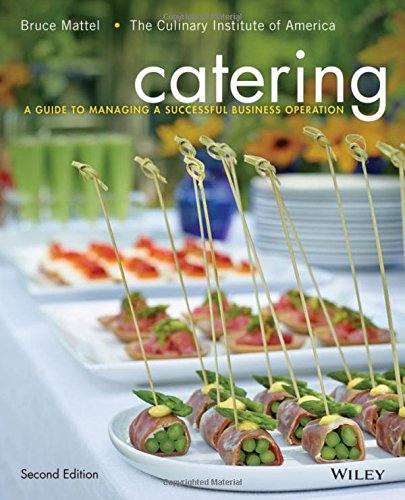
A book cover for Catering: A Guide to Managing a Successful Business Operation; Bruce Mattel; Cookbooks, Food & Wine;